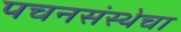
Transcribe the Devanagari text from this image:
पचनसंस्थेचा